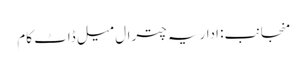
منجانب: اداریہ چترال میل ڈاٹ کام